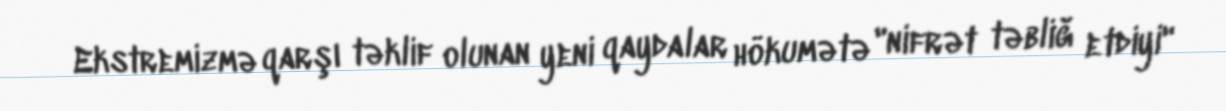
Ekstremizmə qarşı təklif olunan yeni qaydalar hökumətə "nifrət təbliğ etdiyi"